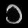
Digit: ၁